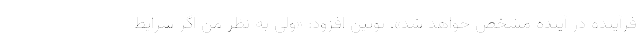
فرآینده در آینده مشخص خواهد شد». پوتین افزود: «ولی به نظر من اگر شرایط